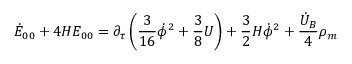
\dot { E } _ { 0 0 } + 4 H E _ { 0 0 } = \partial _ { \tau } \left( \frac { 3 } { 1 6 } \dot { \phi } ^ { 2 } + \frac { 3 } { 8 } U \right) + \frac { 3 } { 2 } H \dot { \phi } ^ { 2 } + \frac { \dot { U } _ { B } } { 4 } \rho _ { m }